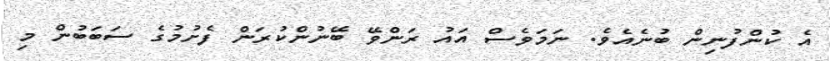
އެ ކުންފުނިން ބުނެއެވެ. ނަމަވެސް އައު ރަންވޭ ބޭނުންކުރަން ފެށުމުގެ ސަބަބުން މި